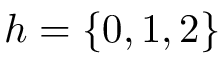
h = \lbrace 0 , 1 , 2 \rbrace